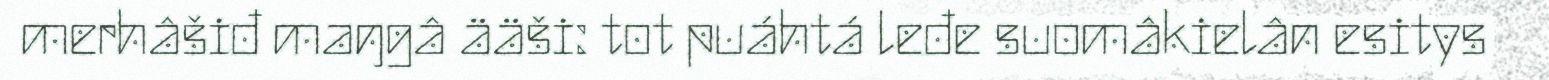
merhâšiđ maŋgâ ääši: tot puáhtá leđe suomâkielân esitys